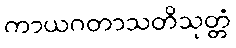
ကာယဂတာသတိသုတ္တံ